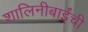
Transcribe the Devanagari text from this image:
शालिनीबाईंची